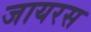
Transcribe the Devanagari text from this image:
जायरस